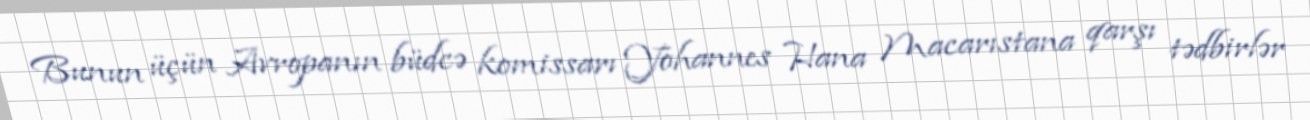
Bunun üçün Avropanın büdcə komissarı Yohannes Hana Macarıstana qarşı tədbirlər